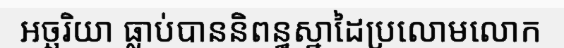
អច្ឆរិយា ធ្លាប់បាននិពន្ធស្នាដៃប្រលោមលោក